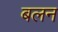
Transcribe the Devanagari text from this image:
बलन